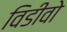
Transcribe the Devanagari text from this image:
विडीवो